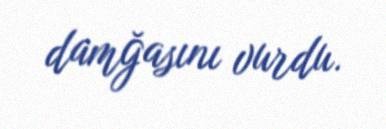
damğasını vurdu.